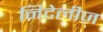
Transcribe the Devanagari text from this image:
निटेलीज़